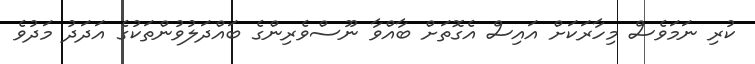
ކުރި ނަމަވެސް މިހާރަކަށް އައިސް އެގޮތަށް ބާއްވާ ނޫސްވެރިންގެ ބައްދަލުވުންތަކުގެ އަދަދު މަދުވެ